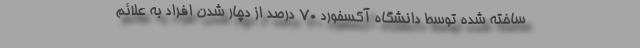
ساخته شده توسط دانشگاه آکسفورد ۷۰ درصد از دچار شدن افراد به علائم